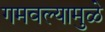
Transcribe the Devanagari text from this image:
गमवल्यामुळे